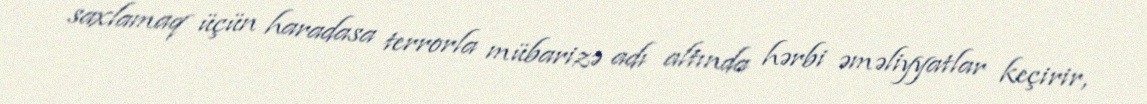
saxlamaq üçün haradasa terrorla mübarizə adı altında hərbi əməliyyatlar keçirir,